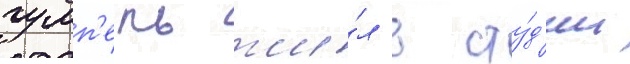
гумп'ель жи́л в сту́д'ии